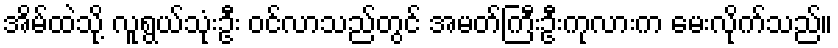
အိမ်ထဲသို့ လူရွယ်သုံးဦး ဝင်လာသည်တွင် အမတ်ကြီးဦးကုလားက မေးလိုက်သည်။